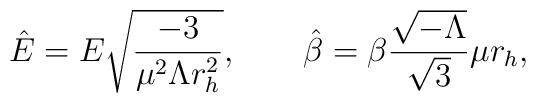
{\hat {E}}=E{\sqrt {\frac {-3}{\mu ^{2}\Lambda r_{h}^{2}}}},\qquad{\hat {\beta }}=\beta \frac {{\sqrt {-\Lambda }}}{{\sqrt {3}}}\mu r_{h},